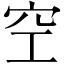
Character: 空